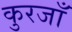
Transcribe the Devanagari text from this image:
कुरजाँ